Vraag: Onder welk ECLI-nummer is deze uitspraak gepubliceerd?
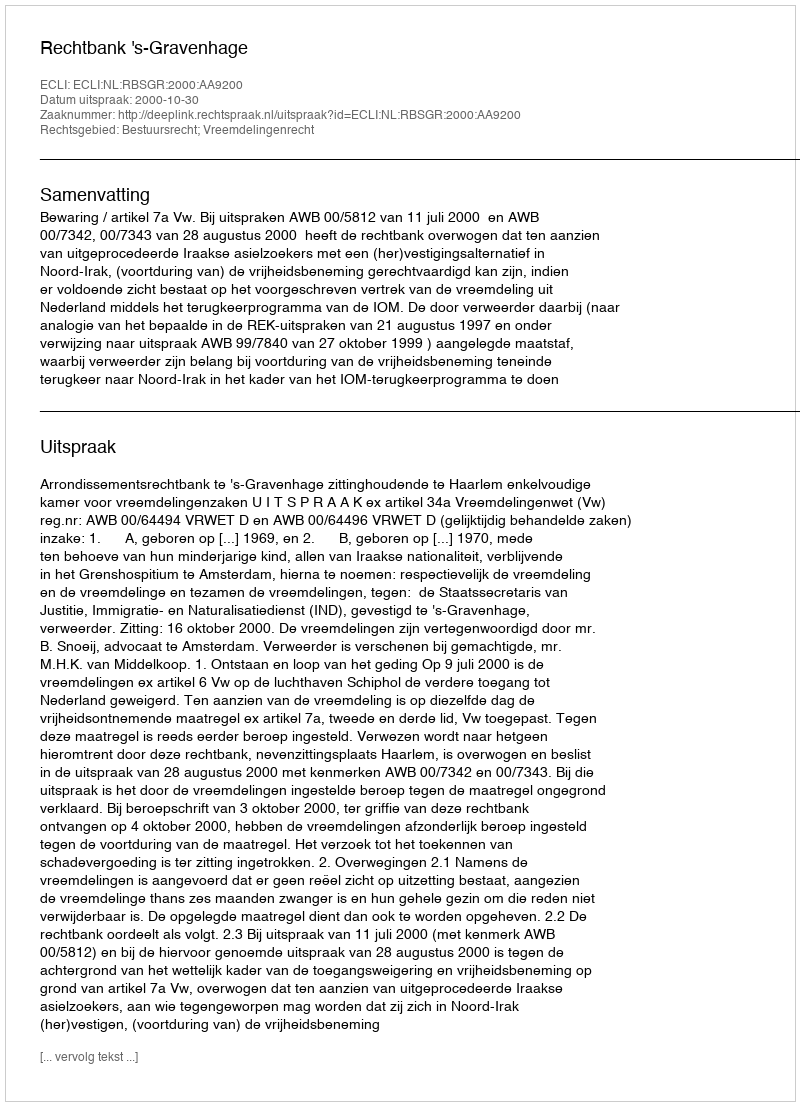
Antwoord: ECLI:NL:RBSGR:2000:AA9200